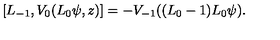
[ L _ { - 1 } , V _ { 0 } ( L _ { 0 } \psi , z ) ] = - V _ { - 1 } ( ( L _ { 0 } - 1 ) L _ { 0 } \psi ) .